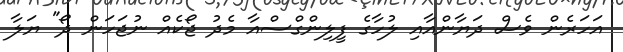
އަހަރެން ވެސް ދަޔާންއާއި ލުހާގެ ފީލިންގްސްއާ މެދު ޖޯކެއް ނުޖަހަން ދޯ" ޔަލާ